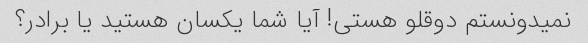
نمیدونستم دوقلو هستی! آیا شما یکسان هستید یا برادر؟